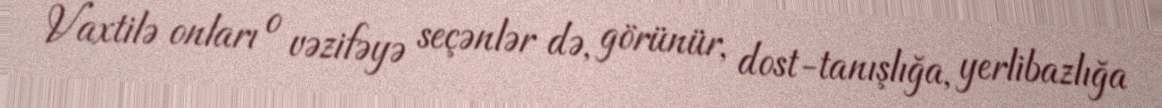
Vaxtilə onları o vəzifəyə seçənlər də, görünür, dost-tanışlığa, yerlibazlığa